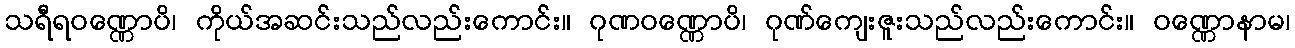
သရီရဝဏ္ဏောပိ၊ ကိုယ်အဆင်းသည်လည်းကောင်း။ ဂုဏဝဏ္ဏောပိ၊ ဂုဏ်ကျေးဇူးသည်လည်းကောင်း။ ဝဏ္ဏောနာမ၊